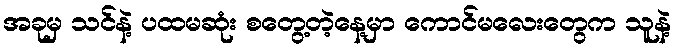
အခုမှ သင်နဲ့ ပထမဆုံး စတွေ့တဲ့နေ့မှာ ကောင်မလေးတွေက သူနဲ့